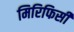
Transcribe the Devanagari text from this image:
मिरिफिसी